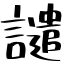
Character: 譴